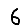
Digit: 6